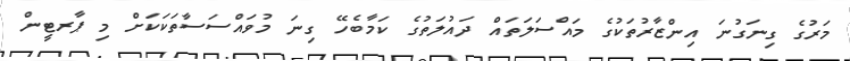
މަރުގެ ގިނަގުނަ އިންޒާރުތަކުގެ މައްސަލަތައް ދައުލަތުގެ ކަމާބެހޭ ގިނަ މުވައްސަސާތަކަކަށް މި ޕާރޓީން